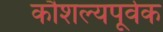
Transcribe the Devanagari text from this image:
कौशल्यपूर्वक